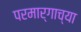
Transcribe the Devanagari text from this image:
परमार्गाच्या